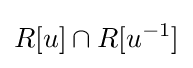
R[u]\cap R[u^{-1}]